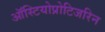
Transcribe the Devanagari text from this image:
ऑस्टियोप्रोटिजरिन